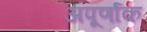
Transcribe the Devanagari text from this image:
अपूर्णाक